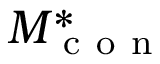
M _ { \mathrm { ~ c ~ o ~ n ~ } } ^ { * }